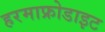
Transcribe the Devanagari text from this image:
हरमाफ्रोडाइट